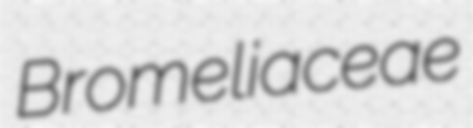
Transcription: Bromeliaceae